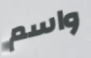
واسم